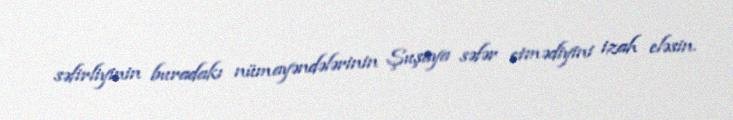
səfirliyinin buradakı nümayəndələrinin Şuşaya səfər etmədiyini izah eləsin.